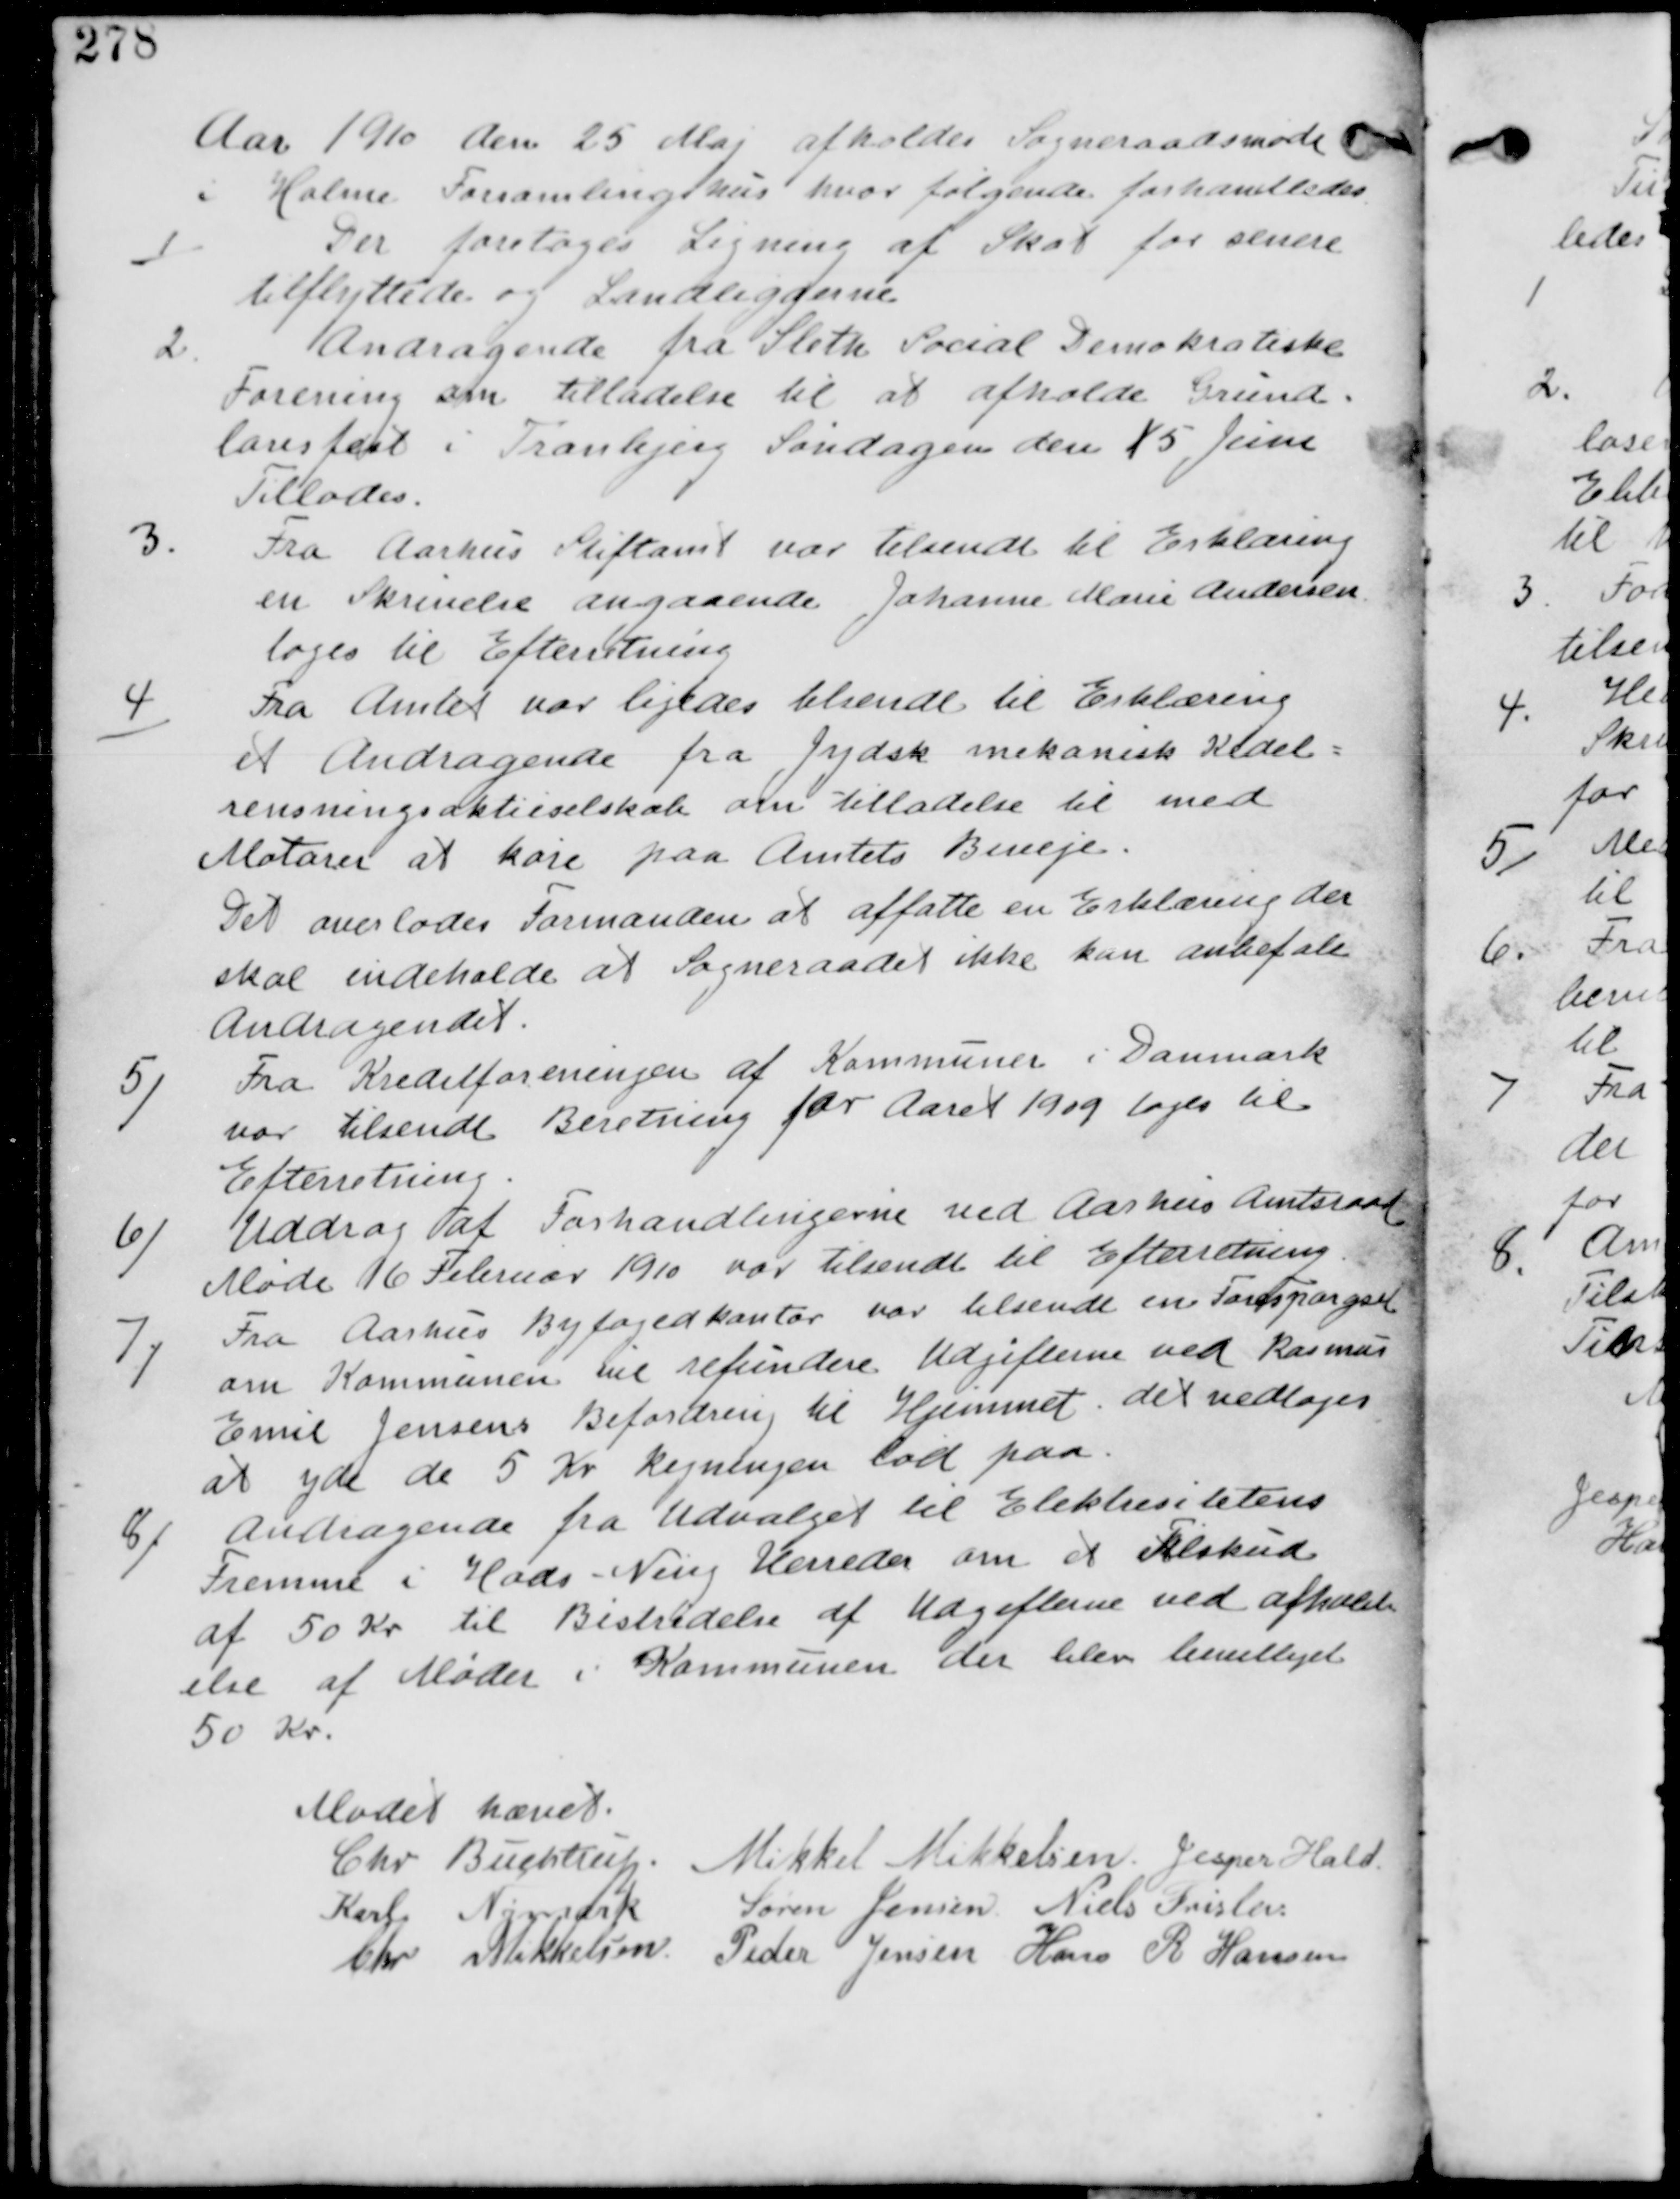
Transskription:
Aar 1910 den 25 Maj afholdes Sogneraadsmøde
i Holme Forsamlingshus hvor følgende forhandledes

1
Der foretages Ligning af Skat for senere
tilflyttere og Landliggerne.

2.
Andragende fra Sleth Social Demokratiske
Forening om tilladelse til at afholde Grund-
lovsfest i Tranbjerg Søndagen den 5 Juni
Tillades.

3.
Fra Aarhus Stiftamt var tilsendt til Erklæring
en skrivelse angaaende Johanne Marie Andersen
tages til Efterretning.

4
Fra Amtet var ligeledes tilsendt til Erklæring
et Andragende fra Jydsk mekanisk Kedel-
rensningsaktieselskab om tilladelse til med
Motorer at køre paa Amtets biveje.
Det overlades Formanden at affatte en Erklæring der
skal indeholde at Sogneraadet ikke kan anbefale
Andragenet.

5 Fra Kreditforeningen af Kommuner i Danmark
var tilsendt Beretning for Aaret 1909 tages til
Efterretning.

6 Uddrag af Forhandlingerne ved Aarhus Amtsraad
Møde 16 Februar 1910 var tilsendt til Efterretning.

7
Fra Aarhus Byfogedkontor var tilsendt en Forespørgsel
om Kommunen vil refundere Udgifterne ved Rasmus
Emil Jensens Befordring til Hjemmet. det vedtages
at yde de 5 Kr Regningen lød paa

8 Andragende fra Udvalget til Elektrisitens
Fremme i Hads-Ning Herreder om et Tilskud
af 50 Kr til Bestridelse af Udgifterne ved afhold-
else af Møder i Kommunen. der blev bevilliget
50 Kr.

Mødet hævet
Chr Buchtrup. Mikkel Mikkelsen Jesper Hald
Karl Nymark Søren Jensen Niels Frislev
Chr Mikkelsen Peder Jensen Hans R Hansen